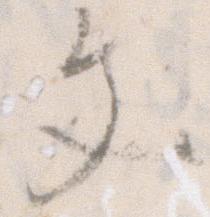
文